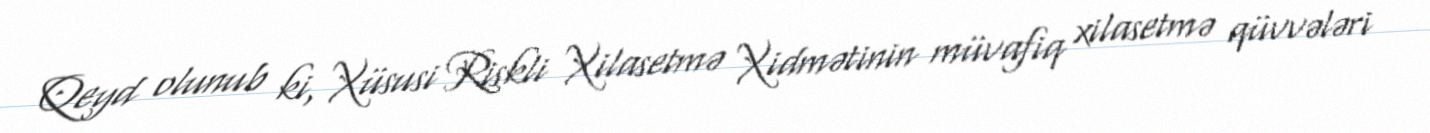
Qeyd olunub ki, Xüsusi Riskli Xilasetmə Xidmətinin müvafiq xilasetmə qüvvələri